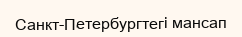
Санкт-Петербургтегі мансап